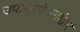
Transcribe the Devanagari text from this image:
उपाययोजनांद्वारे